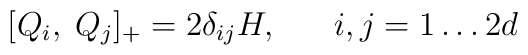
[Q_{i}, \; Q_{j}]_{+} = 2 \delta_{ij} H, \;\;\;\;\;\; i,j = 1 \ldots 2d